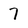
Character: 7